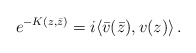
\begin{align*}e^{-K(z,\bar z)}=i\langle \bar v(\bar z), v(z) \rangle \,.\end{align*}